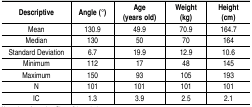
| Descriptive | Angle (°) | Age (years old) | Weight (kg) | Height (cm) |
 | --- | --- | --- | --- | --- |
 | Mean | 130.9 | 49.9 | 70.9 | 164.7 |
 | Median | 130 | 50 | 70 | 164 |
 | Standard Deviation | 6.7 | 19.9 | 12.9 | 10.6 |
 | Minimum | 112 | 17 | 48 | 145 |
 | Maximum | 150 | 93 | 105 | 193 |
 | N | 101 | 101 | 101 | 101 |
 | IC | 1.3 | 3.9 | 2.5 | 2.1 |